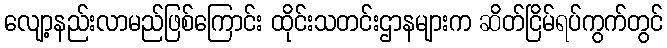
လျော့နည်းလာမည်ဖြစ်ကြောင်း ထိုင်းသတင်းဌာနများက ဆိတ်ငြိမ်ရပ်ကွက်တွင်